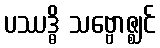
ပဿဒ္ဓိ သဗ္ဗောဇ္ဈင်